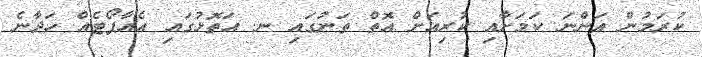
ކުރަމުން އަންނަ ކަމަށާއި ކުރިއަށް އޮތް ތަނުގައި ނ. އަތޮޅުގައި އެއާޕޯޓެއް ހަދާނެ